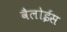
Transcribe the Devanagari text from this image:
वैलोईस